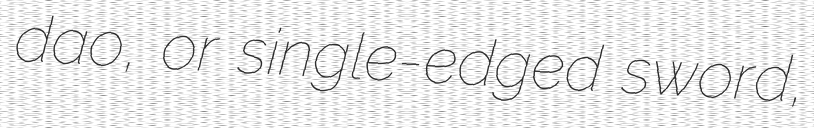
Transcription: dao, or single-edged sword,